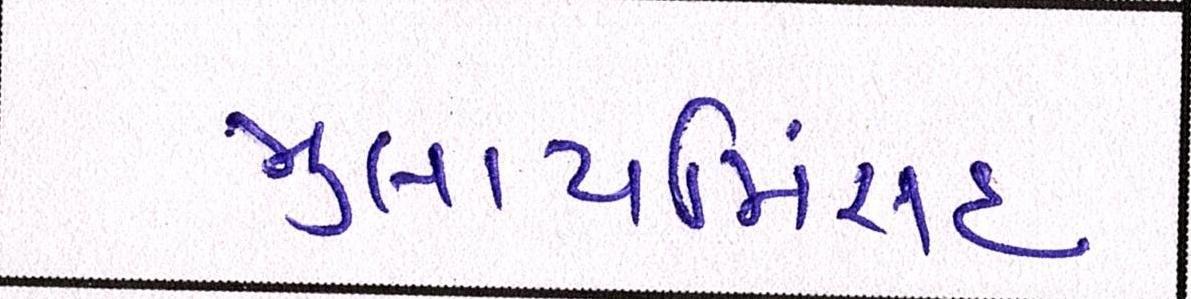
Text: મુલાયમિંસહ